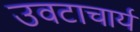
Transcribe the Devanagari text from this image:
उवटाचार्य